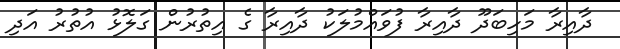
ދާއިރާ މަހިބަދޫ ދާއިރާ ފުވައްމުލަކު ދާއިރާ ގެ އިތުރުން ގަލޮޅު އުތުރު އަދި